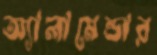
অ্যালামেন্ডার